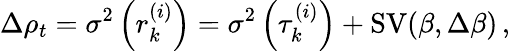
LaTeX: \Delta\rho_{t}=\sigma^{2}\left(r_{k}^{(i)}\right)=\sigma^{2}\left(\tau_{k}^{(i)}\right)+\operatorname{SV}(\beta,\Delta\beta)\, ,